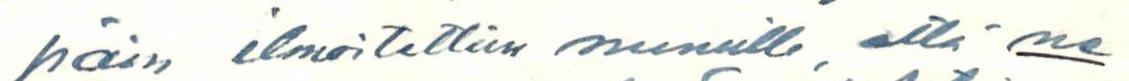
päin ilmoitettiin minulle, että ne